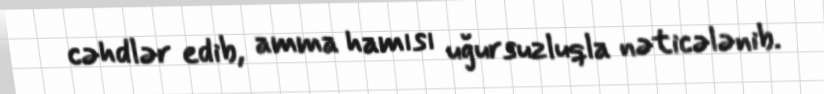
cəhdlər edib, amma hamısı uğursuzluqla nəticələnib.